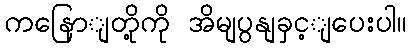
ကနြောျတို့ကို အိမျပွနျခှင့ျပေးပါ။